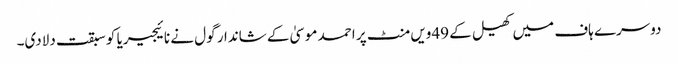
دوسرے ہاف میں کھیل کے 49ویں منٹ پر احمد موسیٰ کے شاندار گول نے نائیجیریا کو سبقت دلادی۔